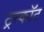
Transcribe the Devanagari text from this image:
ट्रस्कॉट